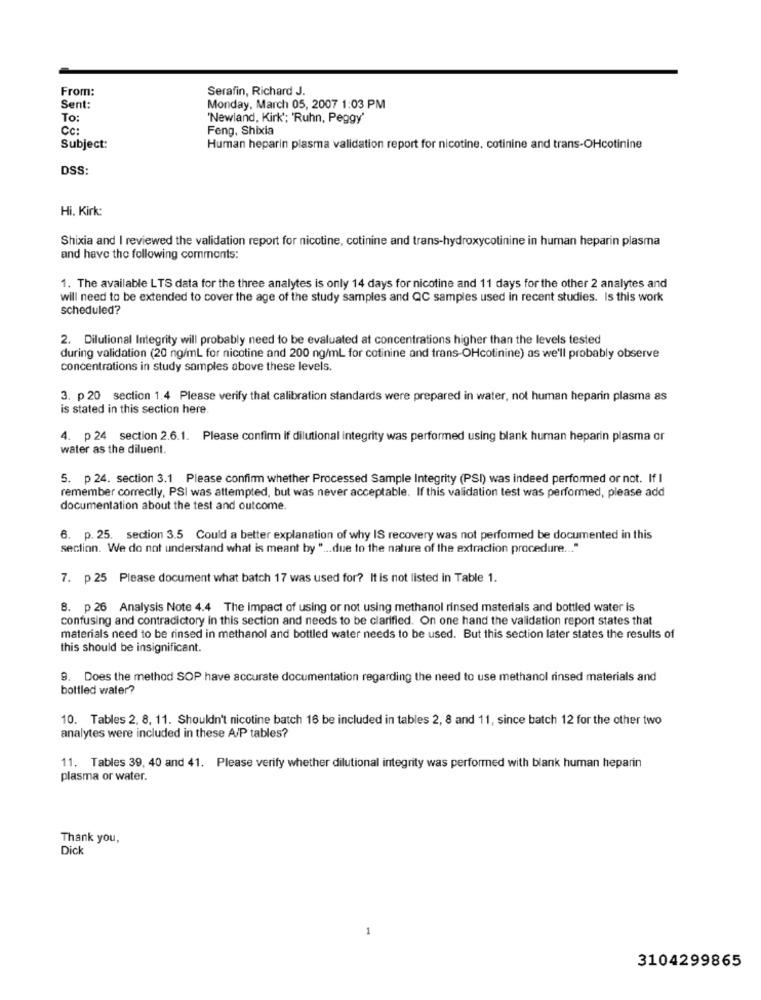
From:
Serafin, Richard J.
Sent:
Monday, March 05, 2007 1:03 PM
To:
'Newland, Kirk'; 'Ruhn, Peggy'
CC:
Feng, Shixia
Subject:
Human heparin plasma validation report for nicotine. cotinine and trans-OHcotinine
DSS:
Hi. Kirk:
Shixia and I reviewed the validation report for nicotine, cotinine and trans-hydroxycotinine in human heparin plasma
and have the following comments:
1. The available LTS data for the three analytes is only 14 days for nicotine and 11 days for the other 2 analytes and
will need to be extended to cover the age of the study samples and QC samples used in recent studies. Is this work
scheduled?
2. Dilutional Integrity will probably need to be evaluated at concentrations higher than the levels tested
during validation (20 ng/ml for nicotine and 200 ng/ml for cotinine and trans-OHcotinine) as we'll probably observe
concentrations in study samples above these levels.
3. p .20 section 1.4 Please verify that calibration standards were prepared in water, not human heparin plasma as
is stated in this section here.
4. p 24 section 2.6.1. Please confirm if dilutional integrity was performed using blank human heparin plasma or
water as the diluent.
5. p 24. section 3.1 Please confirm whether Processed Sample Integrity (PSI) was indeed performed or not. If I
remember correctly, PSI was attempted, but was never acceptable. If this validation test was performed, please add
documentation about the test and outcome.
6. p. 25. section 3.5 Could a better explanation of why IS recovery was not performed be documented in this
section. We do not understand what is meant by " ... due to the nature of the extraction procedure ... "
7. p 25 Please document what batch 17 was used for? It is not listed in Table 1.
8. p 26 Analysis Note 4.4 The impact of using or not using methanol rinsed materials and bottled water is
confusing and contradictory in this section and needs to be clarified. On one hand the validation report states that
materials need to be rinsed in methanol and bottled water needs to be used. But this section later states the results of
this should be insignificant.
9. Does the method SOP have accurate documentation regarding the need to use methanol rinsed materials and
bottled water?
10. Tables 2, 8, 11. Shouldn't nicotine batch 16 be included in tables 2, 8 and 11, since batch 12 for the other two
analytes were included in these A/P tables?
11. Tables 39, 40 and 41. Please verify whether dilutional integrity was performed with blank human heparin
plasma or water.
Thank you,
Dick
-
3104299865